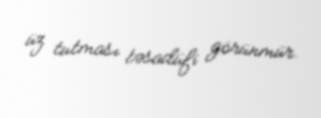
üz tutması təsadüfi görünmür.